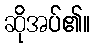
ဆိုအပ်၏။